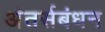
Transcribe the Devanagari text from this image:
अंतर्सबंधन